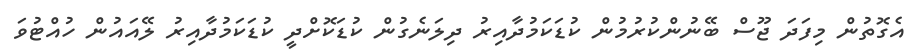
އެގޮތުން މިފަދަ ޖޫސް ބޭނުންކުރުމުން ކުޑަކަމުދާއިރު ދިލަނެގުން ކުޑަކޮށްދީ ކުޑަކަމުދާއިރު ލޭއައުން ހުއްޓުވަ